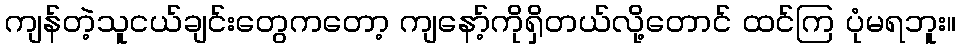
ကျန်တဲ့သူငယ်ချင်းတွေကတော့ ကျနော့်ကိုရှိတယ်လို့တောင် ထင်ကြ ပုံမရဘူး။